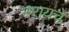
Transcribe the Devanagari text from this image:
मरायचे